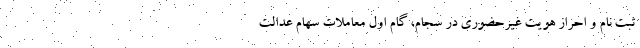
ثبت نام و احراز هویت غیرحضوری در سجام، گام اول معاملات سهام عدالت